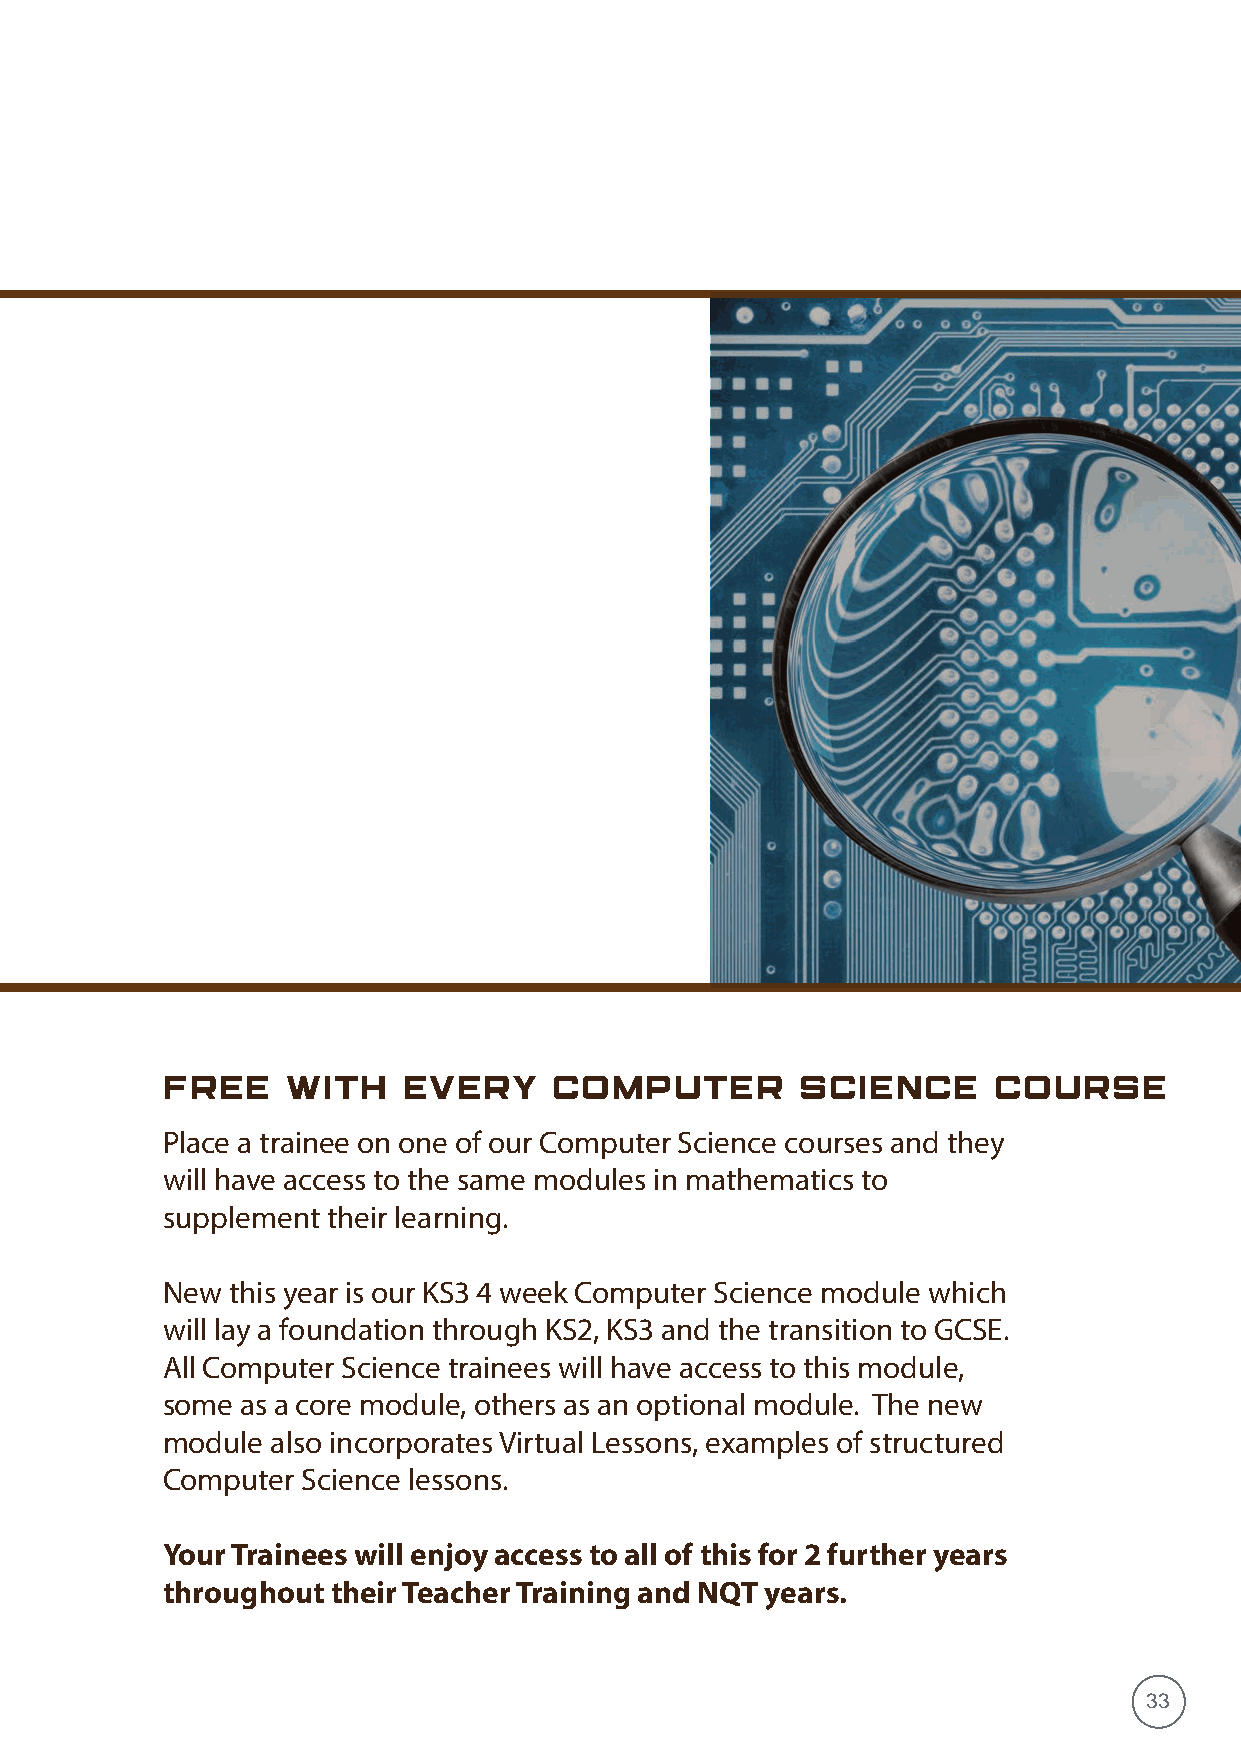
FREE    WITH    EVERY    COMPUTER         SCIENCE      COURSE
 Place a trainee on one of our Computer Science courses and they
 will have access to the same modules in mathematics to
 supplement their learning.
 New this year is our KS3 4 week Computer Science module which
 will lay a foundation through KS2, KS3 and the transition to GCSE.
 All Computer Science trainees will have access to this module,
 some as a core module, others as an optional module. The new
 module also incorporates Virtual Lessons, examples of structured
 Computer Science lessons.
 Your Trainees will enjoy access to all of this for 2 further years
 throughout their Teacher Training and NQT years.
 33